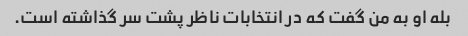
بله او به من گفت که در انتخابات ناظر پشت سر گذاشته است.